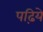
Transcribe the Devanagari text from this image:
पढ़िये